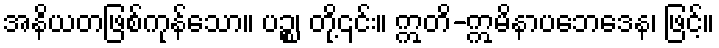
အနိယတဖြစ်ကုန်သော။ ပဉ္စ၊ တို့၎င်း။ ဣတိ-ဣမိနာပဘေဒေန၊ ဖြင့်။